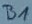
Text: B1